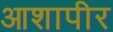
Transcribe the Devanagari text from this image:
आशापीर